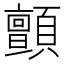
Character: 顫